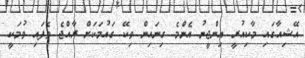
އޭޝިއާގައި މާކިއުރީ އިންޖީނު އެންމެ ގިނައިން ވިކޭ ގައުމަކަށް ރާއްޖެ ވެފައި ވުމަކީ